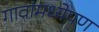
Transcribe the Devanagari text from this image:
गावांमध्येपण